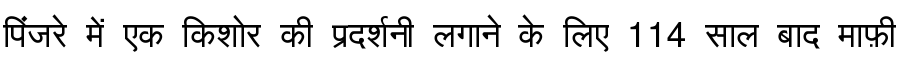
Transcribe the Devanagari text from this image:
पिंजरे में एक किशोर की प्रदर्शनी लगाने के लिए 114 साल बाद माफ़ी